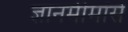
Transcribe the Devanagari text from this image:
ज्ञानमीमांसे